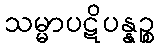
သမ္မာပဋိပန္နဉ္စ